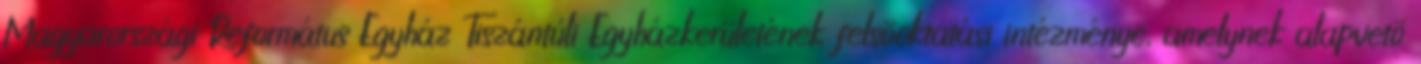
Magyarországi Református Egyház Tiszántúli Egyházkerületének felsõoktatási intézménye, amelynek alapvetõ